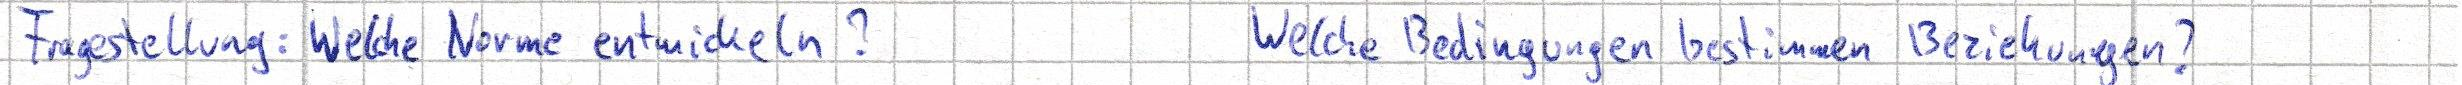
Fragestellung: Welche Norme entwickeln?     Welche Bedingungen bestimmen Beziehungen?